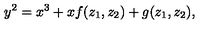
y ^ { 2 } = x ^ { 3 } + x f ( z _ { 1 } , z _ { 2 } ) + g ( z _ { 1 } , z _ { 2 } ) ,